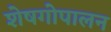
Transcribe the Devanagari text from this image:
शेषगोपालन